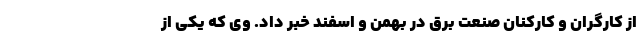
از کارگران و کارکنان صنعت برق در بهمن و اسفند خبر داد. وی که یکی از